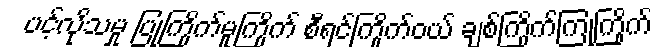
ပင့်လိုသမှု ပြုကြိုက်မူကြိုက် စီရင်ကြိုက်ဝယ် ချစ်ကြိုက်ကြုံကြိုက်